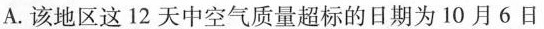
36°38A.该地区这12天中空气质量超标的日期为10月6日